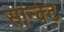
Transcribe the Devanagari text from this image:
सान्क्ट